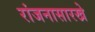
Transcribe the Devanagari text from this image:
रांजनासारखे